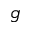
g